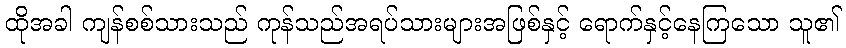
ထိုအခါ ကျန်စစ်သားသည် ကုန်သည်အရပ်သားများအဖြစ်နှင့် ရောက်နှင့်နေကြသော သူ၏